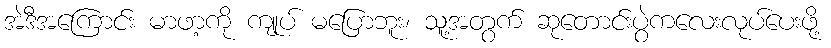
အဲဒီအကြောင်း မာဖာ့ကို ကျုပ် မပြောဘူး၊ သူ့အတွက် ဆုတောင်းပွဲကလေးလုပ်ပေးဖို့